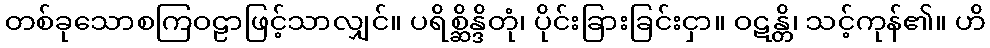
တစ်ခုသောစကြဝဠာဖြင့်သာလျှင်။ ပရိစ္ဆိန္ဒိတုံ၊ ပိုင်းခြားခြင်းငှာ။ ဝဋန္တိ၊ သင့်ကုန်၏။ ဟိ